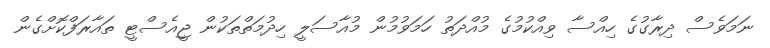
ނަމަވެސް ދިރާގުގެ ހިއްސާ ވިއްކުމުގެ މުއްދަތު ހަމަވުމުން މުއާސަލީ ހިދުމަތްތަކުން ޖީއެސްޓީ ތައާރަފްކޮށްގެން